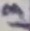
Text: 13